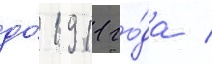
до́ 1911 го́да /